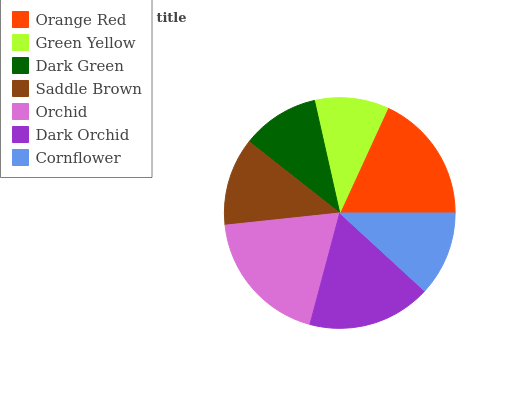
| Orange Red | Green Yellow | Dark Green | Saddle Brown | Orchid | Dark Orchid | Cornflower |
 | --- | --- | --- | --- | --- | --- | --- |
 | 18.2% | 10.4% | 10.9% | 12.3% | 19.1% | 17.4% | 11.8% |